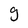
Character: g